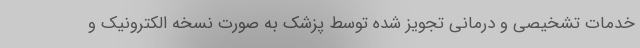
خدمات تشخیصی و درمانی تجویز شده توسط پزشک به صورت نسخه الکترونیک و